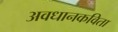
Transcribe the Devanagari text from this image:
अवधानकविता